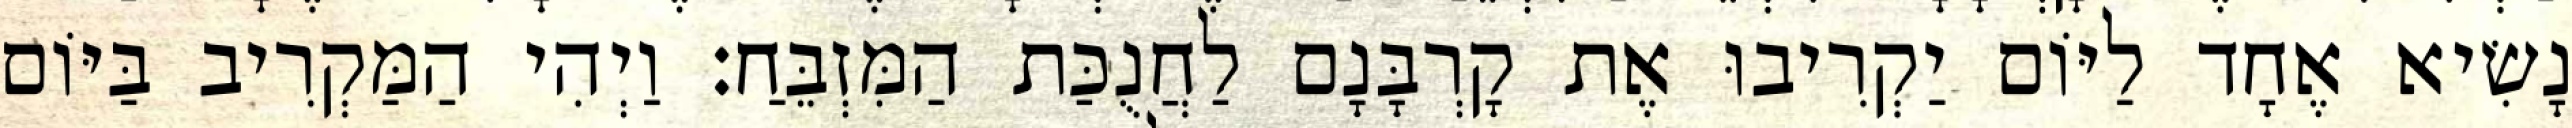
נָשִׂיא אֶחָד לַיּוֹם יַקְרִיבוּ אֶת קָרְבָּנָם לַחֲנֻכַּת הַמִּזְבֵּחַ׃ וַיְהִי הַמַּקְרִיב בַּיּוֹם